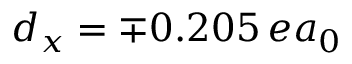
d _ { x } = \mp 0 . 2 0 5 \, e a _ { 0 }